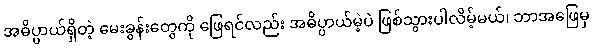
အဓိပ္ပာယ်ရှိတဲ့ မေးခွန်းတွေကို ဖြေရင်လည်း အဓိပ္ပာယ်မဲ့ပဲ ဖြစ်သွားပါလိမ့်မယ်၊ ဘာအဖြေမှ